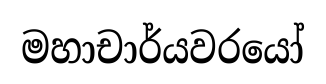
මහාචාර්යවරයෝ